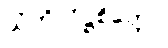
သံကိလိဋ္ဌစိတ္တော